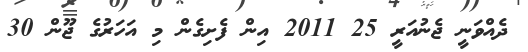
ދެއްވަނީ ޖެނުއަރީ 25 2011 އިން ފެށިގެން މި އަހަރުގެ ޖޫން 30